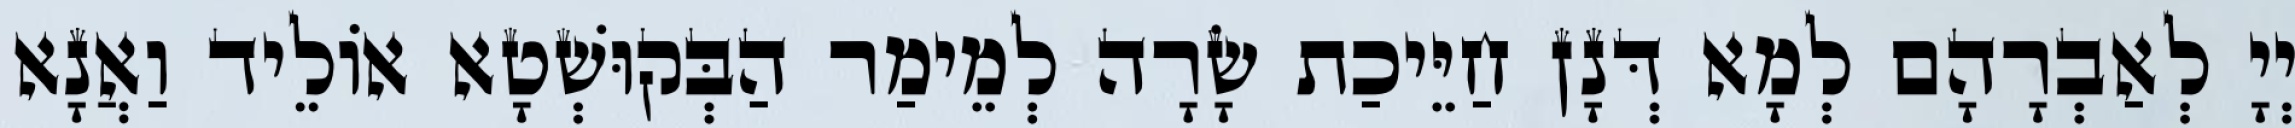
יְיָ לְאַבְרָהָם לְמָא דְּנָן חַיֵּיכַת שָׂרָה לְמֵימַר הַבְּקוּשְׁטָא אוֹלֵיד וַאֲנָא